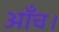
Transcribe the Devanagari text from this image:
आँच।